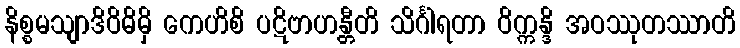
နိစ္စမသျာဒိဝိဓိမှိ ကေဟိစိ ပဋိဗာဟန္တီတိ သိင်္ဂါရတာ ဝိက္ကန္ဒိ အဝဿုတဿာတိ